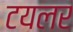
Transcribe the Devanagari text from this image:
टयलर